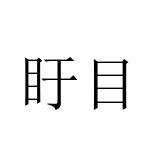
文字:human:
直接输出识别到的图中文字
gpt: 盱目